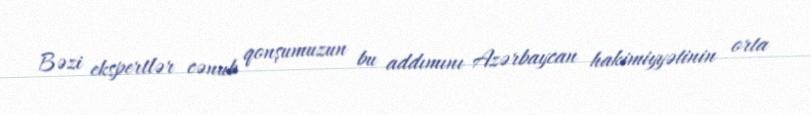
Bəzi ekspertlər cənub qonşumuzun bu addımını Azərbaycan hakimiyyətinin orta